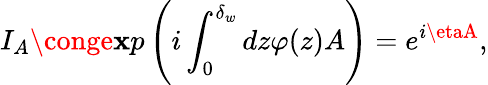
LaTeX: I_{A}\conge\mathbf{x}p\left(i\int_{0}^{\delta_{w}}dz\varphi(z)A\right)=e^{{i}\etaA},